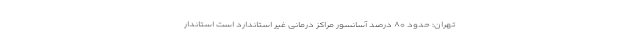
تهران: حدود ۸۰ درصد آسانسور مراکز درمانی غیر استاندارد است استاندار